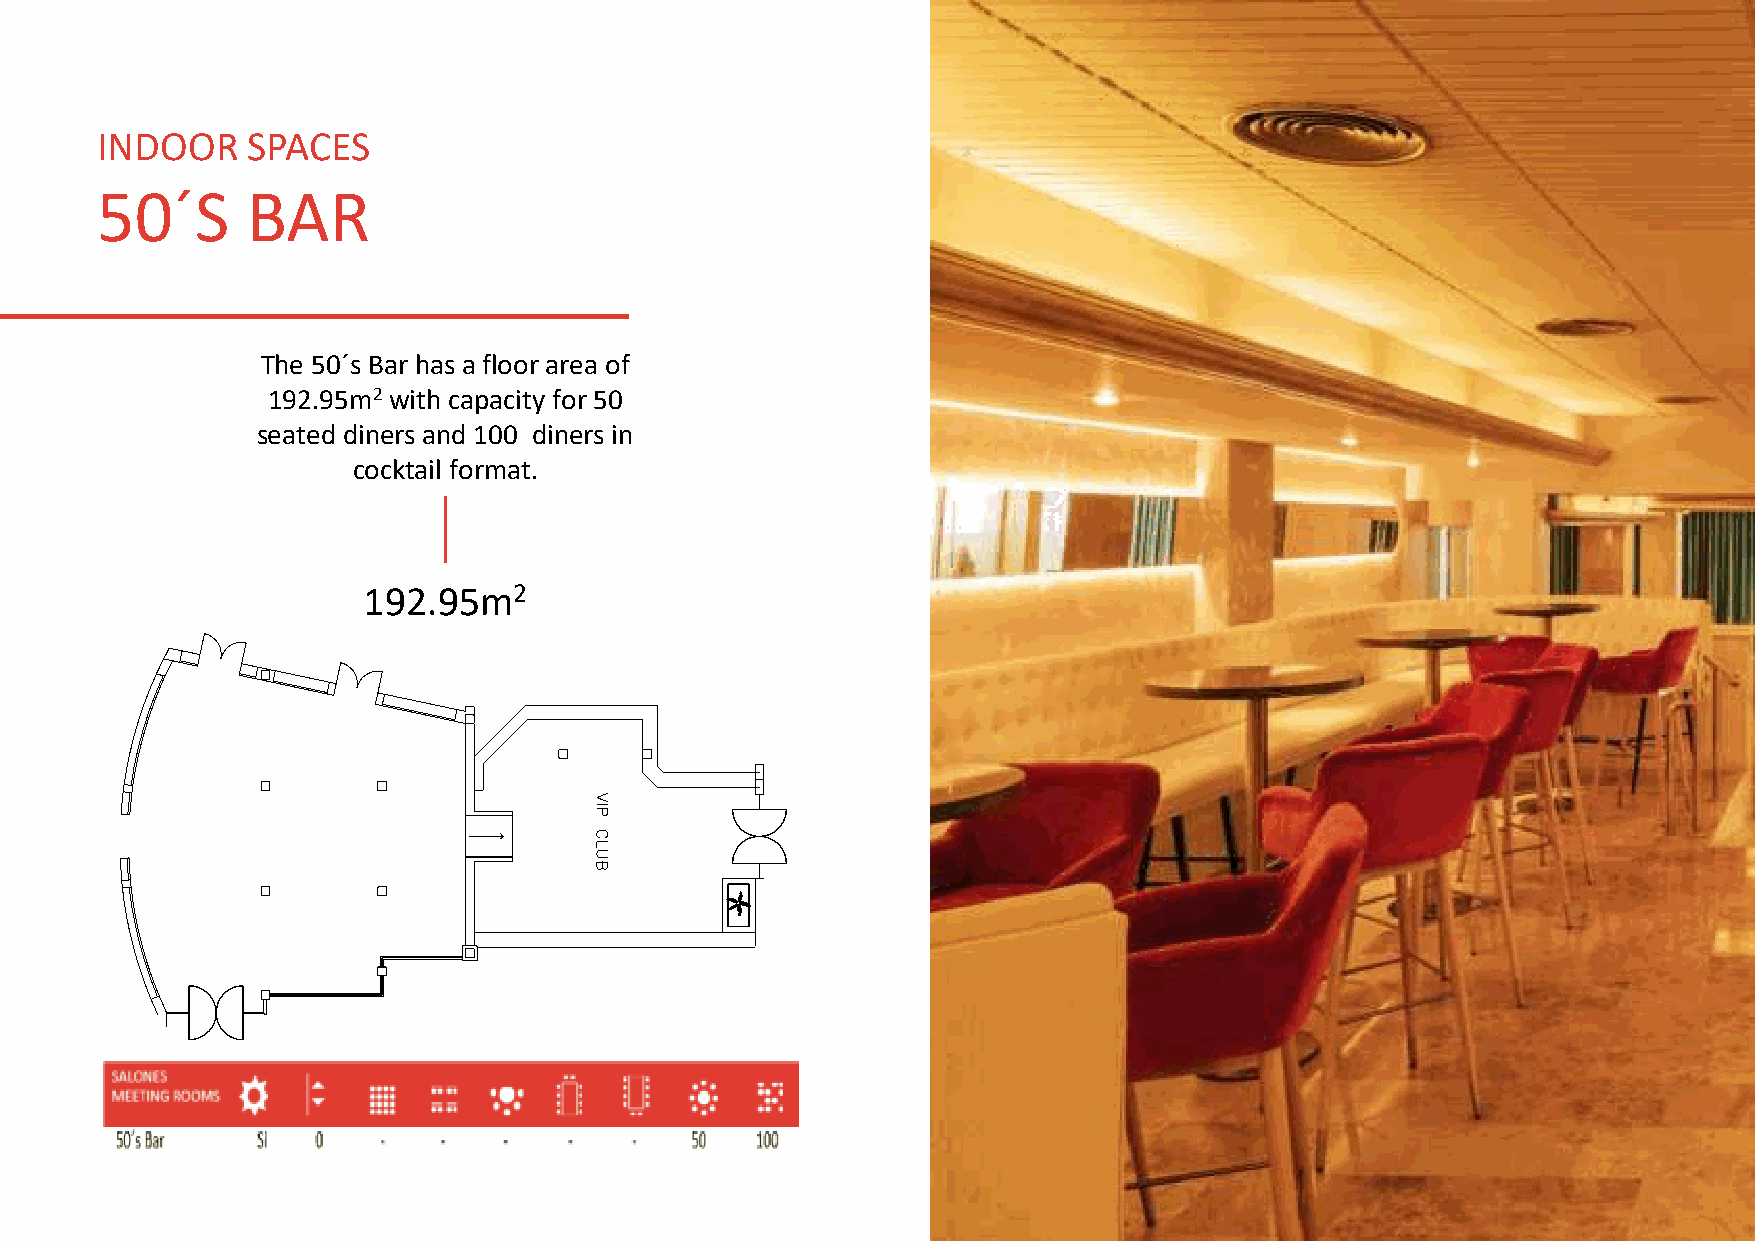
INDOOR    SPACES
 50´S      BAR
 The 50´s Bar has a floor area of
 192.95m2 with capacity for 50
 seated diners and 100 diners in
 cocktail format.
 192.95m2